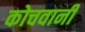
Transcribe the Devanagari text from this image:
कोचवानी